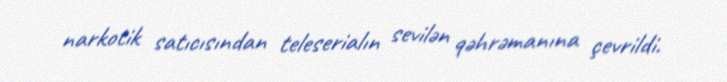
narkotik satıcısından teleserialın sevilən qəhrəmanına çevrildi.